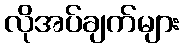
လိုအပ်ချက်များ